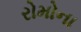
રોમોના